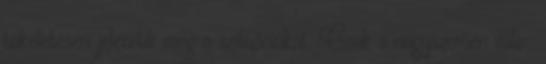
tökéletesen jelenítik meg a szituációkat. Csak a nagyszerűen válo-